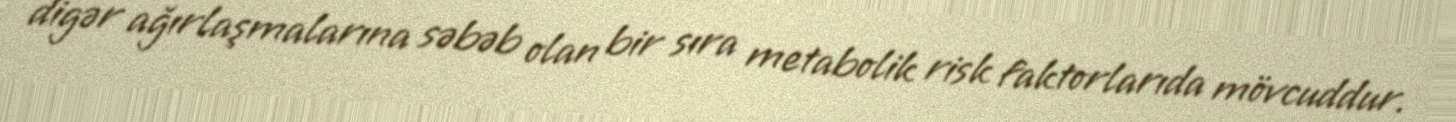
digər ağırlaşmalarına səbəb olan bir sıra metabolik risk faktorlarıda mövcuddur.